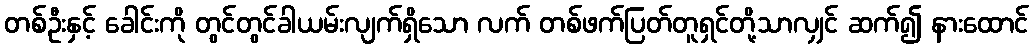
တစ်ဦးနှင့် ခေါင်းကို တွင်တွင်ခါယမ်းလျက်ရှိသော လက် တစ်ဖက်ပြတ်တူရှင်တို့သာလျှင် ဆက်၍ နားထောင်